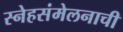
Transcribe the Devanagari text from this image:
स्नेहसंमेलनाची